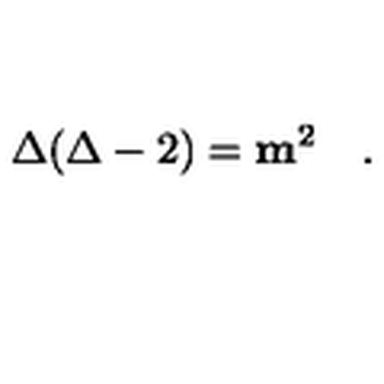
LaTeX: \Delta ( \Delta - 2 ) = { \mathbf m } ^ { 2 } \quad .